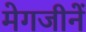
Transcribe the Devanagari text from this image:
मेगजीनें